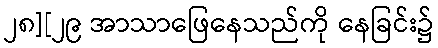
၂၈][၂၉ အာသာဖြေနေသည်ကို နေခြင်း၌